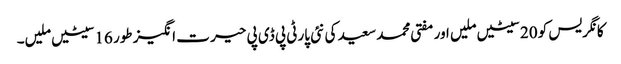
کانگریس کو 20سیٹیں ملیں اور مفتی محمد سعید کی نئی پارٹی پی ڈی پی حیر ت انگیز طور 16سیٹیں ملیں۔